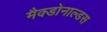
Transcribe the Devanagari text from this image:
मैक्डोनाल्डस